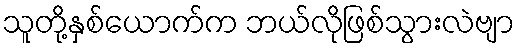
သူတို့နှစ်ယောက်က ဘယ်လိုဖြစ်သွားလဲဗျာ